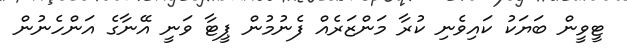
ޓީވީން ބަޔަކު ކައިވެނި ކުރާ މަންޒަރެއް ފެނުމުން ޕީޓާ ވަނީ އޭނާގެ އަންހެނުން